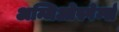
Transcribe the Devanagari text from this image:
अन्जिओस्पेर्म्स